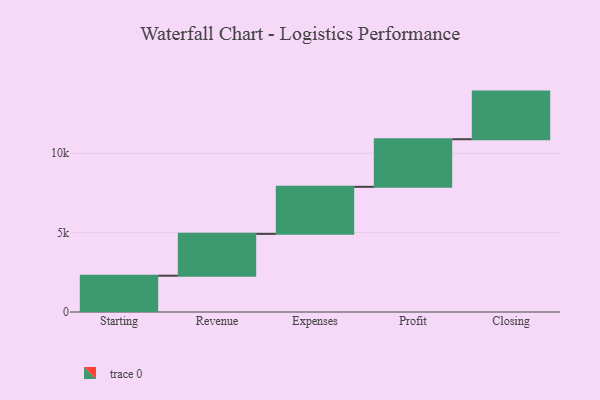
{"axis": {"x": "Step", "y": "Value"}, "legend": [""], "data": [{"x": "Starting", "y": 2287.0, "type": ""}, {"x": "Revenue", "y": 2636.0, "type": ""}, {"x": "Expenses", "y": 2963.0, "type": ""}, {"x": "Profit", "y": 3000, "type": ""}, {"x": "Closing", "y": 3000, "type": ""}]}